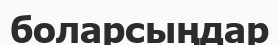
боларсыңдар